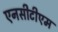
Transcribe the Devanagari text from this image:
एनसीटीएम